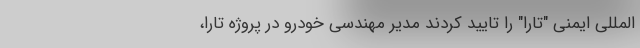
المللی ایمنی "تارا" را تایید کردند مدیر مهندسی خودرو در پروژه تارا،